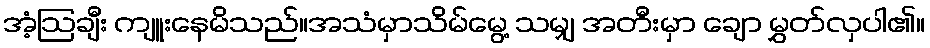
အံ့ဩချီး ကျူးနေမိသည်။အသံမှာသိမ်မွေ့ သမျှ အတီးမှာ ချော မွှတ်လှပါ၏။